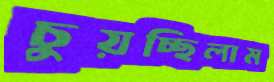
চুয়চ্ছিলাম